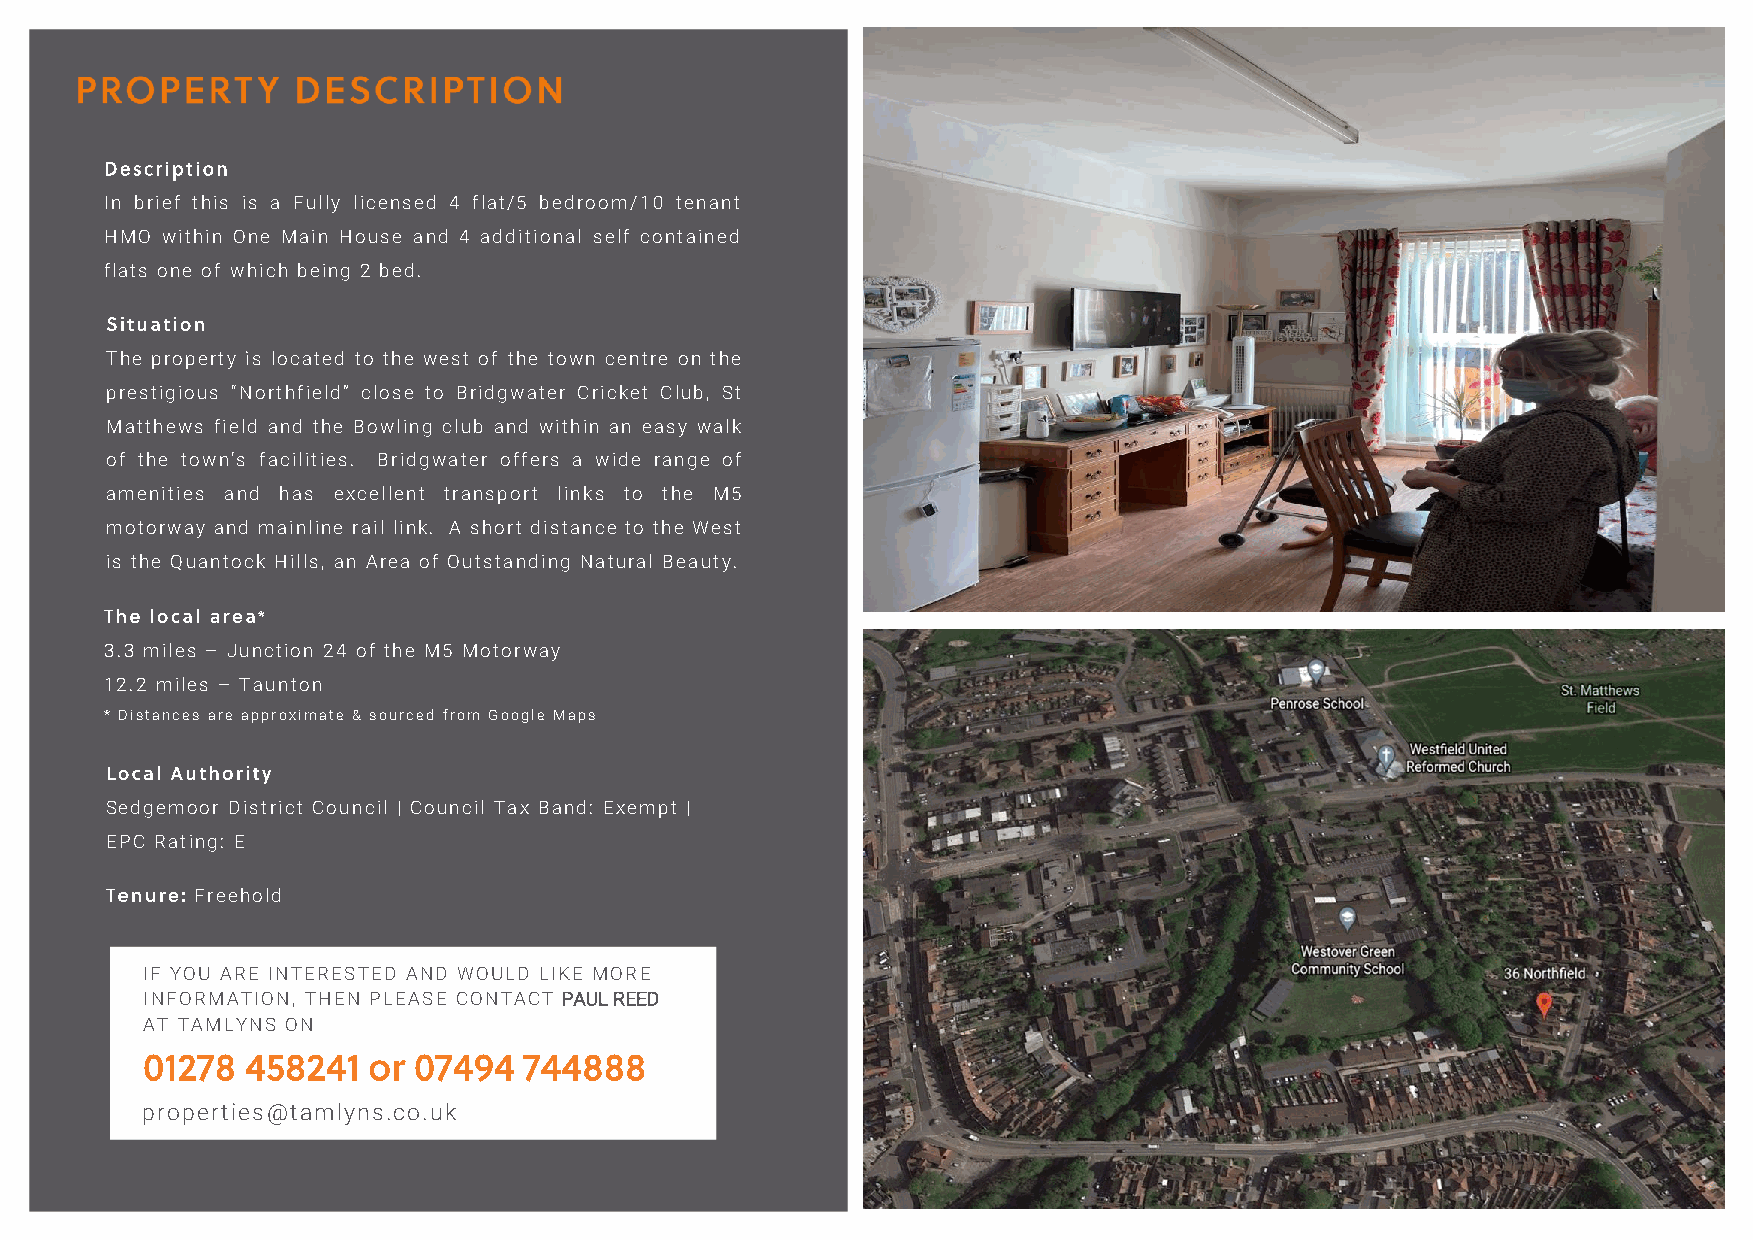
In brief this is a Fully licensed 4 flat/5 bedroom/10 tenant
 HMO within One Main House and 4 additional self contained
 flats one of which being 2 bed.
 The property is located to the west of the town centre on the
 prestigious “Northfield” close to Bridgwater Cricket Club, St
 Matthews field and the Bowling club and within an easy walk
 of the town’s facilities. Bridgwater offers a wide range of
 amenities and has excellent transport links to the M5
 motorway and mainline rail link. A short distance to the West
 is the Quantock Hills, an Area of Outstanding Natural Beauty.
 3.3 miles – Junction 24 of the M5 Motorway
 12.2 miles – Taunton
 * Distances are approximate & sourced from Google Maps
 Sedgemoor District Council | Council Tax Band: Exempt |
 EPC Rating: E
 Freehold
 IF YOU ARE INTERESTED AND WOULD LIKE MORE
 INFORMATION, THEN PLEASE CONTACT PAUL REED
 AT TAMLYNS ON
 p roperties@tamlyns.co.uk